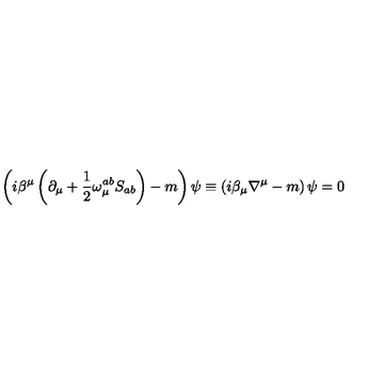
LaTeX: \left( i \beta ^ { \mu } \left( \partial _ { \mu } + \frac { 1 } { 2 } \omega _ { \mu } ^ { a b } S _ { a b } \right) - m \right) \psi \equiv \left( i \beta _ { \mu } \nabla ^ { \mu } - m \right) \psi = 0